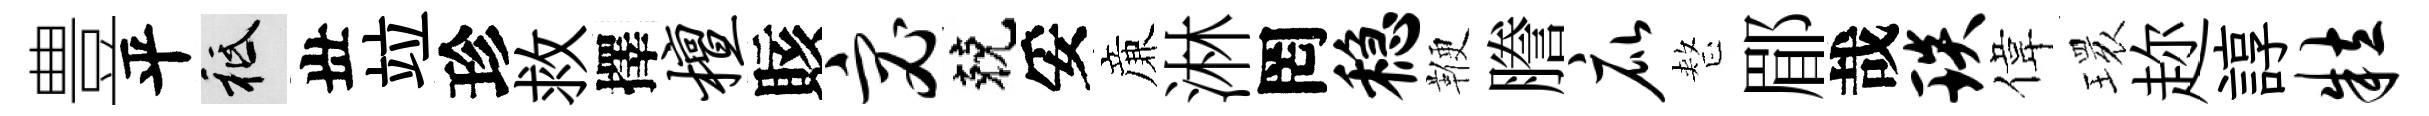
豊平祇丗竝珍救擇檀賅宓兢妥亷淋罔稳鞭謄庇整郿哉琰偉𤨔趂諄粒